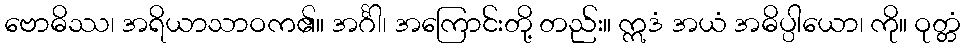
ဗောဓိဿ၊ အရိယာသာဝက၏။ အင်္ဂါ၊ အကြောင်းတို့ တည်း။ ဣဒံ အယံ အဓိပ္ပါယော၊ ကို။ ဝုတ္တံ